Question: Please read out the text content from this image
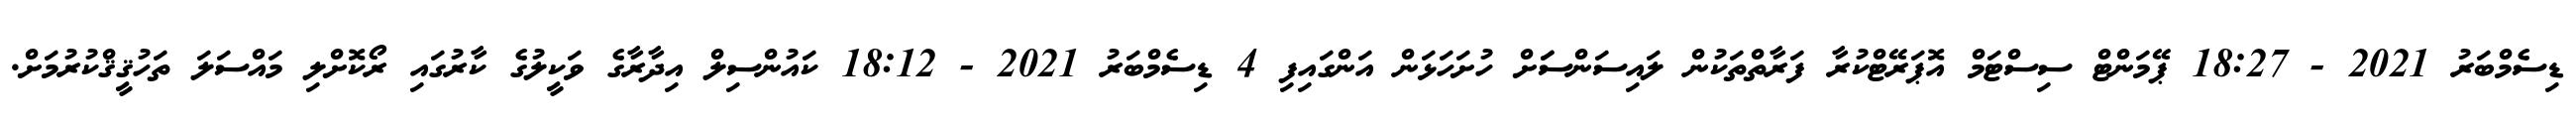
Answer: ޑިސެމްބަރު 2021 - 18:27 ޕޭމަންޓް ސިސްޓަމް އޮޕަރޭޓްކުރާ ފަރާތްތަކުން ލައިސަންސަަށް ހުށަހަޅަން އަންގައިފި 4 ޑިސެމްބަރު 2021 - 18:12 ކައުންސިލް އިދާރާގެ ވަކީލުގެ ކާރުގައި ރޯކޮށްލި މައްސަލަ ތަހުޤީޤްކުރުމަށް.